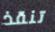
تنقذ